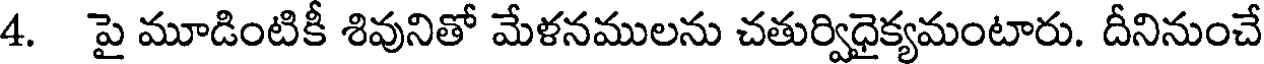
4. పై మూడింటికీ శివునితో మేళనములను చతుర్విధైక్యమంటారు. దీనినుంచే